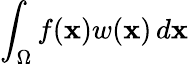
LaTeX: \int_{\Omega}f(\mathbf{x})w(\mathbf{x})\, d\mathbf{x}